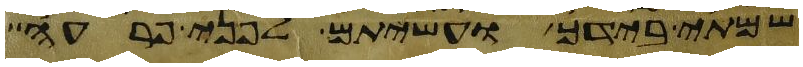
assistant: שמתי בידך ועשיתם לפני פרעה